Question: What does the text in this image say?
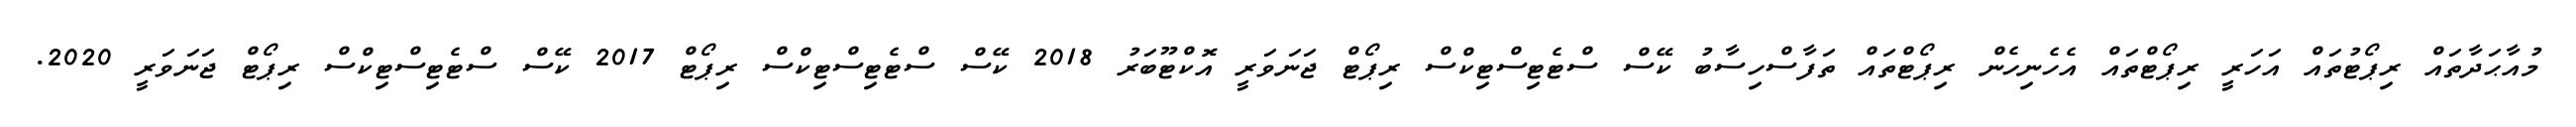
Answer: މުއާޙަދާތައް ރިޕޯޓުތައް އަހަރީ ރިޕޯޓްތައް އެހެނިހެން ރިޕޯޓްތައް ތަފާސްހިސާބު ކޭސް ސްޓެޓިސްޓިކްސް ރިޕޯޓް ޖަނަވަރީ އޮކްޓޫބަރު 2018 ކޭސް ސްޓެޓިސްޓިކްސް ރިޕޯޓް 2017 ކޭސް ސްޓެޓިސްޓިކްސް ރިޕޯޓް ޖަނަވަރީ 2020.